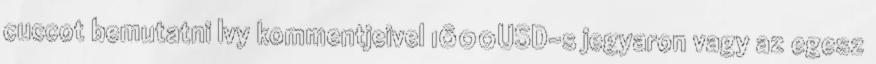
cuccot bemutatni Ivy kommentjeivel 1600USD-s jegyaron vagy az egesz